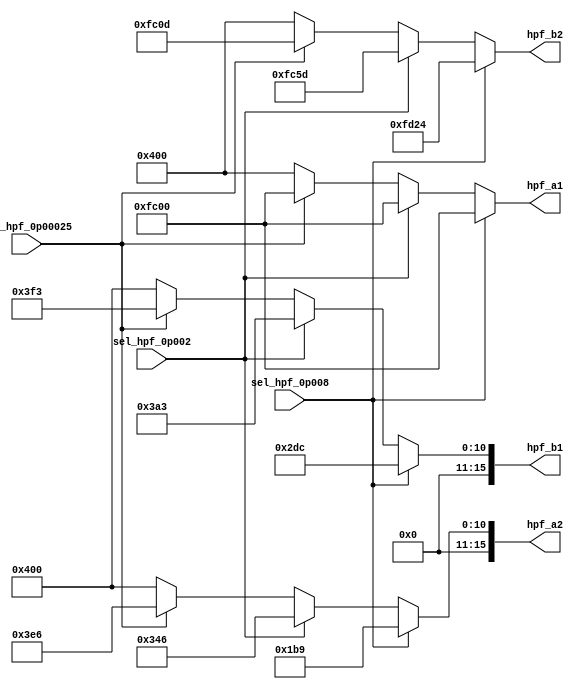
module fix_hpf_table(
	input sel_hpf_0p008, sel_hpf_0p002, sel_hpf_0p00025, 
	output [15:0] hpf_b1, hpf_b2, 
	output [15:0] hpf_a1, hpf_a2
);
assign hpf_b1 = sel_hpf_0p008 ? 16'd732		: sel_hpf_0p002 ? 16'd931	: sel_hpf_0p00025 ? 16'd1011	: 16'd1024;
assign hpf_b2 = sel_hpf_0p008 ? -16'd732	: sel_hpf_0p002 ? -16'd931	: sel_hpf_0p00025 ? -16'd1011	: 16'd1024;
assign hpf_a1 = sel_hpf_0p008 ? -16'd1024	: sel_hpf_0p002 ? -16'd1024	: sel_hpf_0p00025 ? -16'd1024	: 16'd1024;
assign hpf_a2 = sel_hpf_0p008 ? 16'd441		: sel_hpf_0p002 ? 16'd838	: sel_hpf_0p00025 ? 16'd998		: 16'd1024;
endmodule